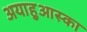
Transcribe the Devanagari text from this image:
अयाहुआस्का